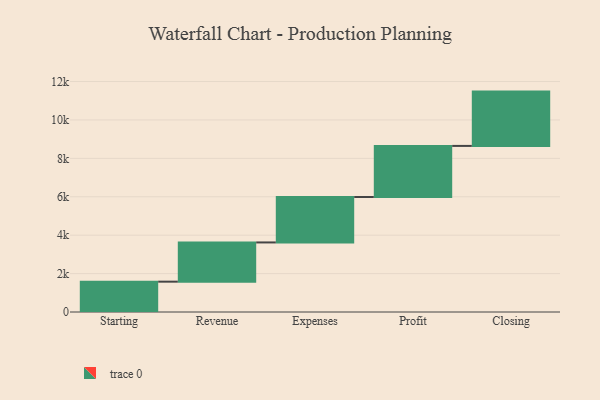
{"axis": {"x": "Step", "y": "Value"}, "legend": [""], "data": [{"x": "Starting", "y": 1580.0, "type": ""}, {"x": "Revenue", "y": 2042.0, "type": ""}, {"x": "Expenses", "y": 2367.0, "type": ""}, {"x": "Profit", "y": 2659.0, "type": ""}, {"x": "Closing", "y": 2828.0, "type": ""}]}